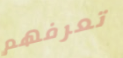
تعرفهم